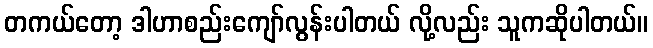
တကယ်တော့ ဒါဟာစည်းကျော်လွန်းပါတယ် လို့လည်း သူကဆိုပါတယ်။